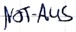
Text: NOT-AUS